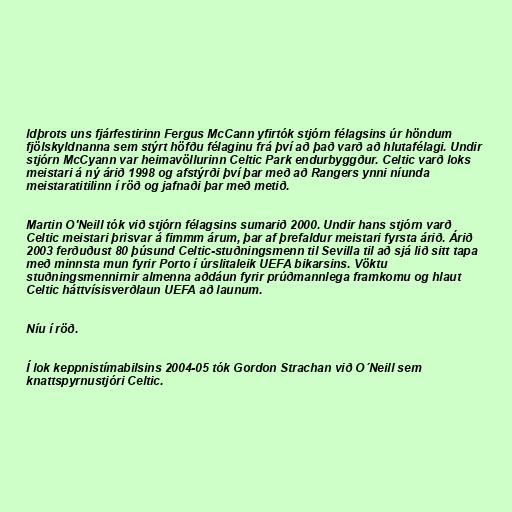
ldþrots uns fjárfestirinn Fergus McCann yfirtók stjórn félagsins úr höndum
fjölskyldnanna sem stýrt höfðu félaginu frá því að það varð að hlutafélagi. Undir
stjórn McCyann var heimavöllurinn Celtic Park endurbyggður. Celtic varð loks
meistari á ný árið 1998 og afstýrði því þar með að Rangers ynni níunda
meistaratitilinn í röð og jafnaði þar með metið.

Martin O'Neill tók við stjórn félagsins sumarið 2000. Undir hans stjórn varð
Celtic meistari þrisvar á fimmm árum, þar af þrefaldur meistari fyrsta árið. Árið
2003 ferðuðust 80 þúsund Celtic-stuðningsmenn til Sevilla til að sjá lið sitt tapa
með minnsta mun fyrir Porto í úrslitaleik UEFA bikarsins. Vöktu
stuðningsmennirnir almenna aðdáun fyrir prúðmannlega framkomu og hlaut
Celtic háttvísisverðlaun UEFA að launum.

Níu í röð.

Í lok keppnistímabilsins 2004-05 tók Gordon Strachan við O´Neill sem
knattspyrnustjóri Celtic.